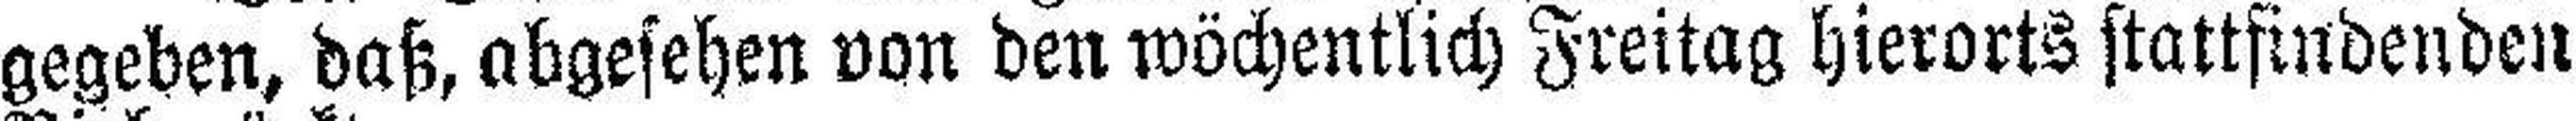
gegeben, daß, abgesehen von den wöchentlich Freitag hierorts stattfindenden